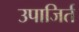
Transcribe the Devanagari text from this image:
उपाजिर्त